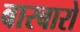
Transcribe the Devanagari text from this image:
बारबारो